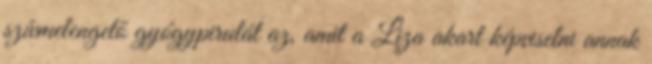
szívmelengető gyógypirulát az, amit a Liza akart képviselni annak